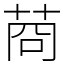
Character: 𦯶